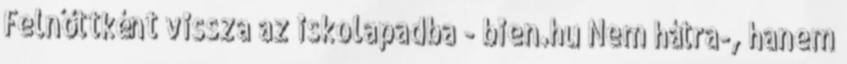
Felnőttként vissza az iskolapadba - bien.hu Nem hátra-, hanem